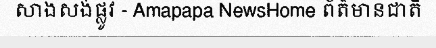
សាងសង់ផ្លូវ - Amapapa NewsHome ព័ត៌មានជាតិ